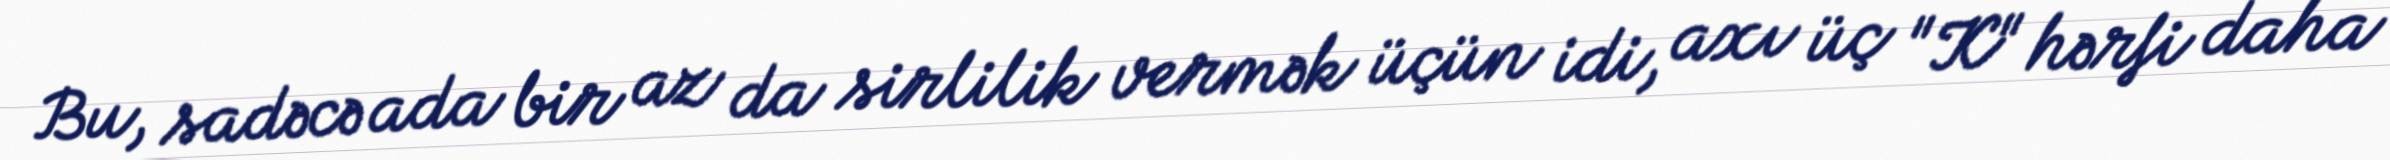
Bu, sadəcə ada bir az da sirlilik vermək üçün idi, axı üç "K" hərfi daha